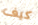
كيف